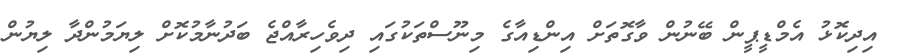
އިދިކޮޅު އެމްޑީޕީން ބޭނުން ވާގޮތަށް އިންޑިއާގެ މިނޫސްތަކުގައި ދިވެހިރާއްޖެ ބަދުނާމުކޮށް ލިޔަމުންދާ ލިޔުން